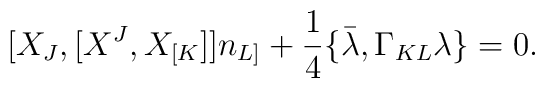
[X_{J},[X^{J},X_{[K}]]n_{L]} + {1\over 4} \{ \bar\lambda,\Gamma_{KL}\lambda\} = 0.